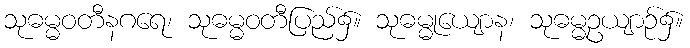
သုဓမ္မဝတီနဂရေ၊ သုဓမ္မဝတီပြည်၌။ သုဓမ္မုယျောန၊ သုဓမ္မဥယျာဉ်၌။